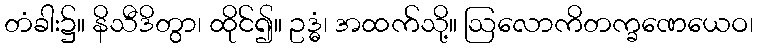
တံခါး၌။ နိသီဒိတွာ၊ ထိုင်၍။ ဥဒ္ဓံ၊ အထက်သို့။ ဩလောကိတက္ခဏေယေဝ၊